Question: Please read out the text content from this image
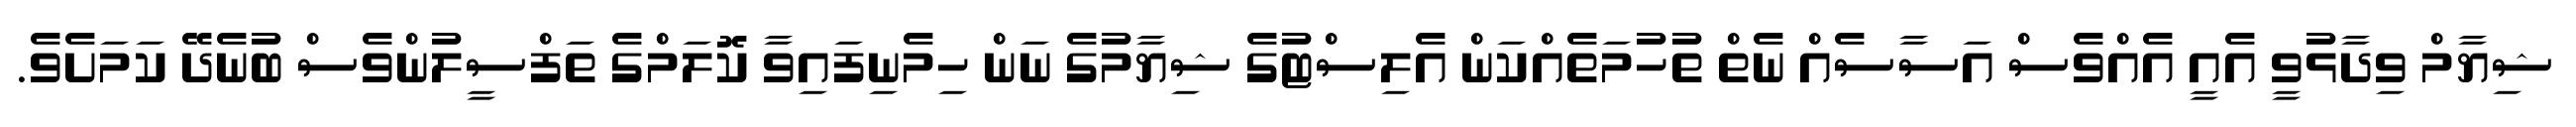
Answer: ޝިޔާމް ވިދާޅުވީ އެއީ އެއްވެސް އަސާސެއް ނެތް ތުހުމަތެއްކަން އެލިސްޓުގެ ޝިޔާމުގެ ނަން ހިމެނިފައިވާ ކޮލަމްގެ ތަފްސީލުންވެސް ބުނެދޭ ކަމަށެވެ.